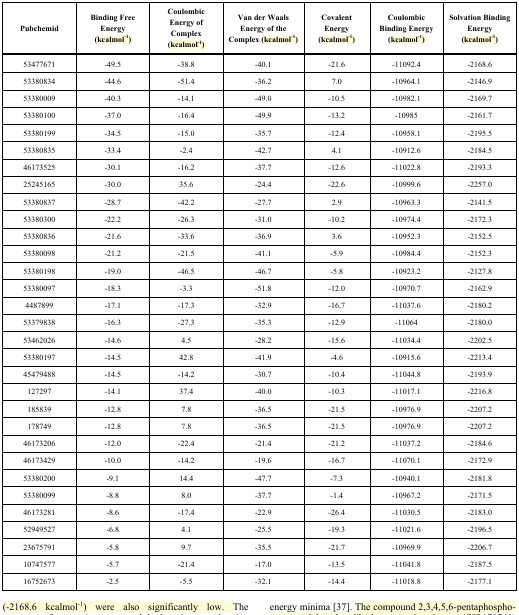
<table><thead><tr><td><b>Pubchemid</b></td><td><b>Binding Free Energy (kcalmol-1)</b></td><td><b>Coulombic Energy of Complex (kcalmol-1)</b></td><td><b>Van der Waals Energy of the Complex (kcalmol-1)</b></td><td><b>Covalent Energy (kcalmol-1)</b></td><td><b>Coulombic Binding Energy (kcalmol-1)</b></td><td><b>Solvation Binding Energy (kcalmol-1)</b></td></tr></thead><tbody><tr><td>53477671</td><td>-49.5</td><td>-38.8</td><td>-40.1</td><td>-21.6</td><td>-11092.4</td><td>-2168.6</td></tr><tr><td>53380834</td><td>-44.6</td><td>-51.4</td><td>-36.2</td><td>7.0</td><td>-10964.1</td><td>-2146.9</td></tr><tr><td>53380009</td><td>-40.3</td><td>-14.1</td><td>-49.0</td><td>-10.5</td><td>-10982.1</td><td>-2169.7</td></tr><tr><td>53380100</td><td>-37.0</td><td>-16.4</td><td>-49.9</td><td>-13.2</td><td>-10985</td><td>-2161.7</td></tr><tr><td>53380199</td><td>-34.5</td><td>-15.0</td><td>-35.7</td><td>-12.4</td><td>-10958.1</td><td>-2195.5</td></tr><tr><td>53380835</td><td>-33.4</td><td>-2.4</td><td>-42.7</td><td>4.1</td><td>-10912.6</td><td>-2184.5</td></tr><tr><td>46173525</td><td>-30.1</td><td>-16.2</td><td>-37.7</td><td>-12.6</td><td>-11022.8</td><td>-2193.3</td></tr><tr><td>25245165</td><td>-30.0</td><td>35.6</td><td>-24.4</td><td>-22.6</td><td>-10999.6</td><td>-2257.0</td></tr><tr><td>53380837</td><td>-28.7</td><td>-42.2</td><td>-27.7</td><td>2.9</td><td>-10963.3</td><td>-2141.5</td></tr><tr><td>53380300</td><td>-22.2</td><td>-26.3</td><td>-31.0</td><td>-10.2</td><td>-10974.4</td><td>-2172.3</td></tr><tr><td>53380836</td><td>-21.6</td><td>-33.6</td><td>-36.9</td><td>3.6</td><td>-10952.3</td><td>-2152.5</td></tr><tr><td>53380098</td><td>-21.2</td><td>-21.5</td><td>-41.1</td><td>-5.9</td><td>-10984.4</td><td>-2152.3</td></tr><tr><td>53380198</td><td>-19.0</td><td>-46.5</td><td>-46.7</td><td>-5.8</td><td>-10923.2</td><td>-2127.8</td></tr><tr><td>53380097</td><td>-18.3</td><td>-3.3</td><td>-51.8</td><td>-12.0</td><td>-10970.7</td><td>-2162.9</td></tr><tr><td>4487899</td><td>-17.1</td><td>-17.3</td><td>-32.9</td><td>-16.7</td><td>-11037.6</td><td>-2180.2</td></tr><tr><td>53379838</td><td>-16.3</td><td>-27.3</td><td>-35.3</td><td>-12.9</td><td>-11064</td><td>-2180.0</td></tr><tr><td>53462026</td><td>-14.6</td><td>4.5</td><td>-28.2</td><td>-15.6</td><td>-11034.4</td><td>-2202.5</td></tr><tr><td>53380197</td><td>-14.5</td><td>42.8</td><td>-41.9</td><td>-4.6</td><td>-10915.6</td><td>-2213.4</td></tr><tr><td>45479488</td><td>-14.5</td><td>-14.2</td><td>-30.7</td><td>-10.4</td><td>-11044.8</td><td>-2193.9</td></tr><tr><td>127297</td><td>-14.1</td><td>37.4</td><td>-40.0</td><td>-10.3</td><td>-11017.1</td><td>-2216.8</td></tr><tr><td>185839</td><td>-12.8</td><td>7.8</td><td>-36.5</td><td>-21.5</td><td>-10976.9</td><td>-2207.2</td></tr><tr><td>178749</td><td>-12.8</td><td>7.8</td><td>-36.5</td><td>-21.5</td><td>-10976.9</td><td>-2207.2</td></tr><tr><td>46173206</td><td>-12.0</td><td>-22.4</td><td>-21.4</td><td>-21.2</td><td>-11037.2</td><td>-2184.6</td></tr><tr><td>46173429</td><td>-10.0</td><td>-14.2</td><td>-19.6</td><td>-16.7</td><td>-11070.1</td><td>-2172.9</td></tr><tr><td>53380200</td><td>-9.1</td><td>14.4</td><td>-47.7</td><td>-7.3</td><td>-10940.1</td><td>-2181.8</td></tr><tr><td>53380099</td><td>-8.8</td><td>8.0</td><td>-37.7</td><td>-1.4</td><td>-10967.2</td><td>-2171.5</td></tr><tr><td>46173281</td><td>-8.6</td><td>-17.4</td><td>-22.9</td><td>-26.4</td><td>-11030.5</td><td>-2183.0</td></tr><tr><td>52949527</td><td>-6.8</td><td>4.1</td><td>-25.5</td><td>-19.3</td><td>-11021.6</td><td>-2196.5</td></tr><tr><td>23675791</td><td>-5.8</td><td>9.7</td><td>-35.5</td><td>-21.7</td><td>-10969.9</td><td>-2206.7</td></tr><tr><td>10747577</td><td>-5.7</td><td>-21.4</td><td>-17.0</td><td>-13.5</td><td>-11041.8</td><td>-2187.5</td></tr><tr><td>16752673</td><td>-2.5</td><td>-5.5</td><td>-32.1</td><td>-14.4</td><td>-11018.8</td><td>-2177.1</td></tr></tbody></table>